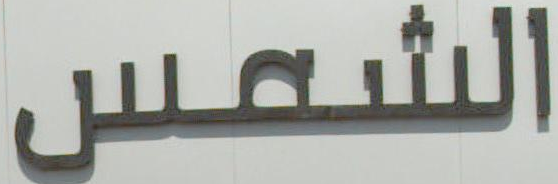
الشمس